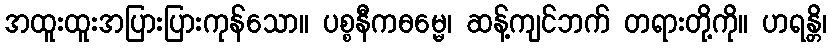
အထူးထူးအပြားပြားကုန်သော။ ပစ္စနီကဓမ္မေ၊ ဆန့်ကျင်ဘက် တရားတို့ကို။ ဟရန္တိ၊